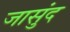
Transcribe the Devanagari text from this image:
जासुंद